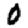
Digit: 0